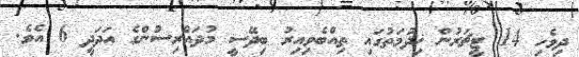
ދިވެހި 14 ޓީޗަރުން ޚިދުމަތުގައި ތިއްބެވިއިރު ބިދޭސީ މުދައްރިސުންގެ އަދަދީ 6 އެވެ.